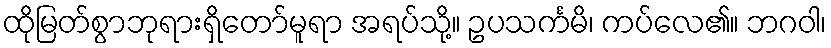
ထိုမြတ်စွာဘုရားရှိတော်မူရာ အရပ်သို့။ ဥပသင်္ကမိ၊ ကပ်လေ၏။ ဘဂဝါ၊